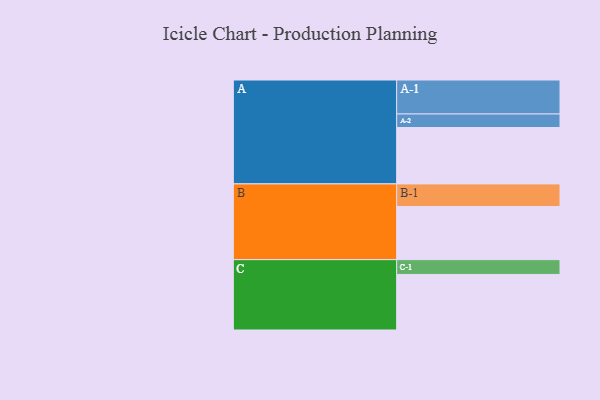
{"axis": {"x": "Segment", "y": "Value"}, "legend": ["", "A", "B", "C"], "data": [{"x": "A", "y": 400, "type": ""}, {"x": "B", "y": 377, "type": ""}, {"x": "C", "y": 394, "type": ""}, {"x": "A-1", "y": 241, "type": "A"}, {"x": "A-2", "y": 96, "type": "A"}, {"x": "B-1", "y": 160, "type": "B"}, {"x": "C-1", "y": 105, "type": "C"}]}